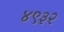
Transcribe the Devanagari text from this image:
४९३२